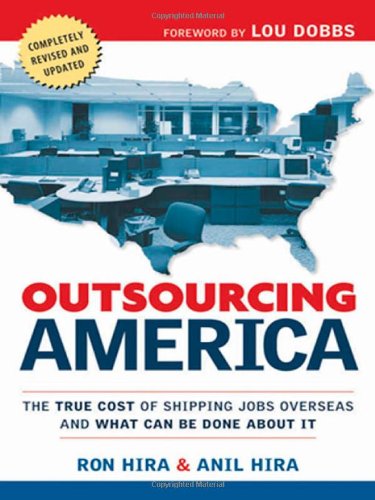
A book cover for Outsourcing America: The True Cost of Shipping Jobs Overseas and What Can Be Done About It; Ron Hira Ph.D.  P.E. Assistant Professor of Public Policy; Business & Money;